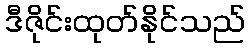
ဒီဇိုင်းထုတ်နိုင်သည်